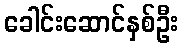
ခေါင်းဆောင်နှစ်ဦး